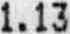
1.13